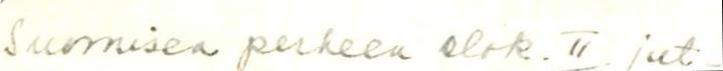
Suomisen perheen elok. II jut-